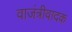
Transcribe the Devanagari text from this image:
वाजंत्रीवादक